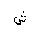
Letter: _shin